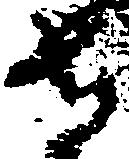
守